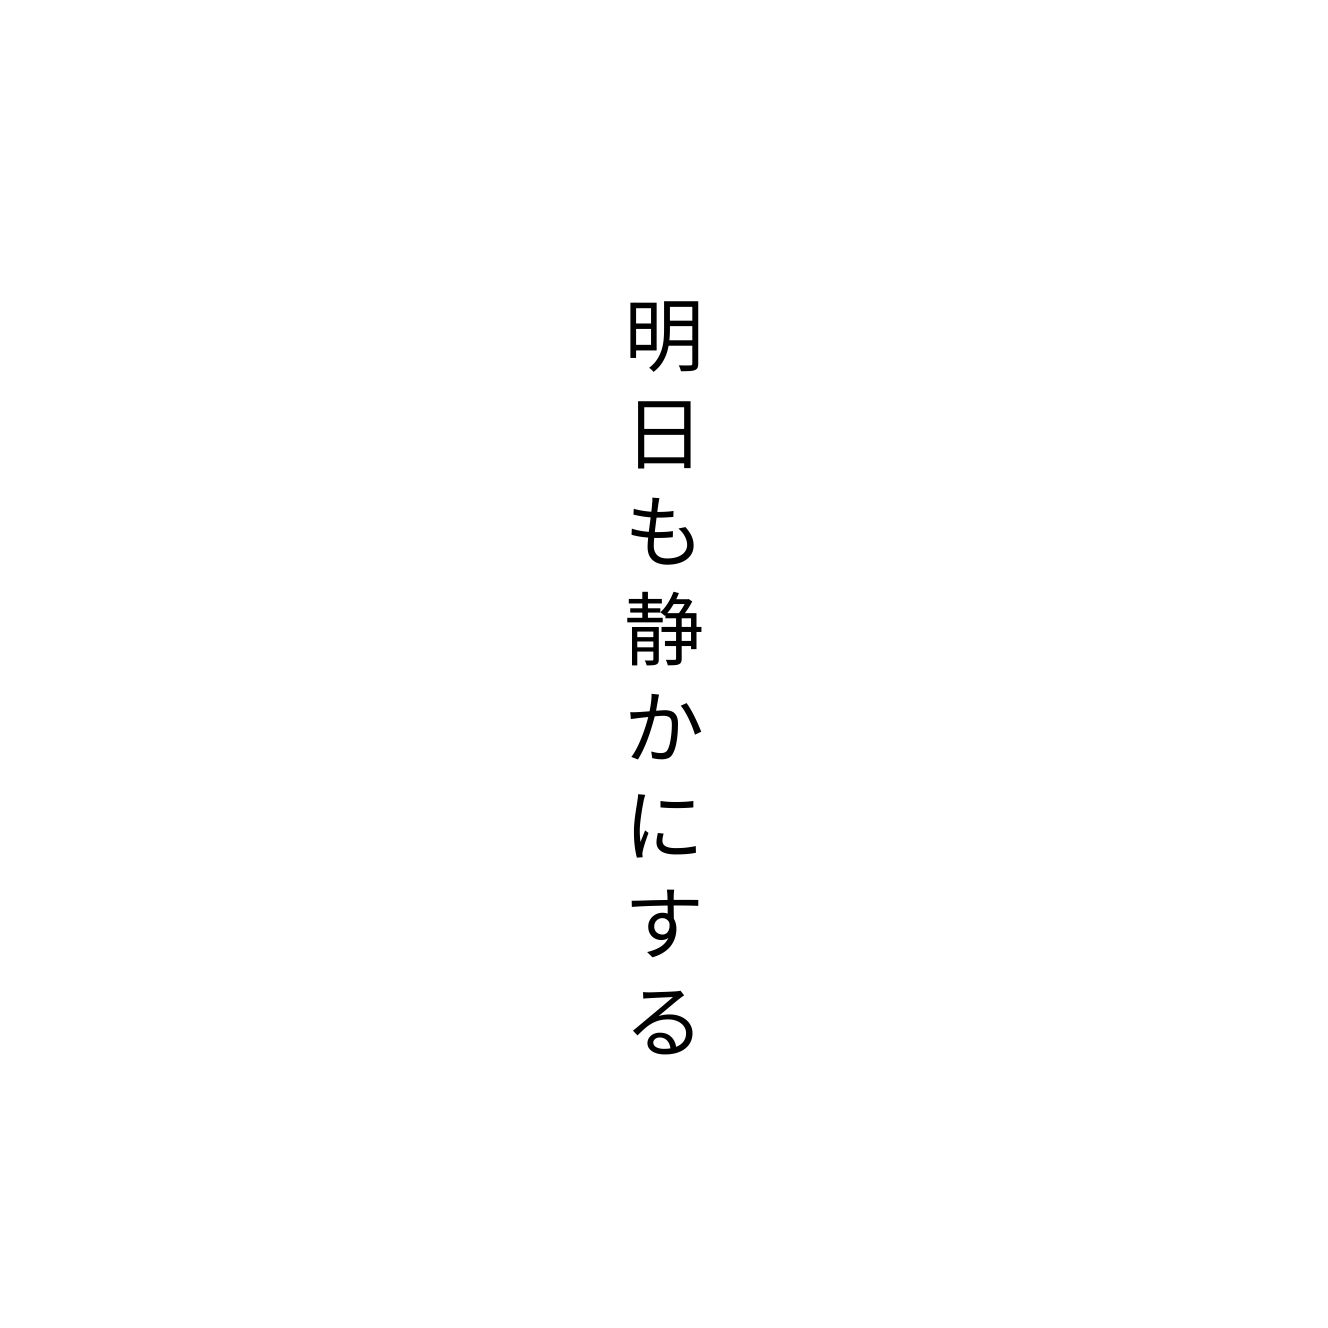
明日も静かにする